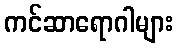
ကင်ဆာရောဂါများ